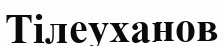
Тілеуханов